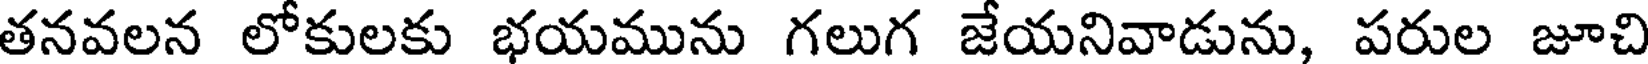
తనవలన లోకులకు భయమును గలుగ జేయనివాడును, పరుల జూచి